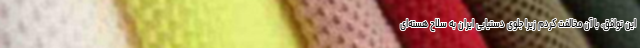
این توافق، با آن مخالفت کردم زیرا جلوی دستیابی ایران به سلاح هسته‌ای